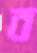
ব